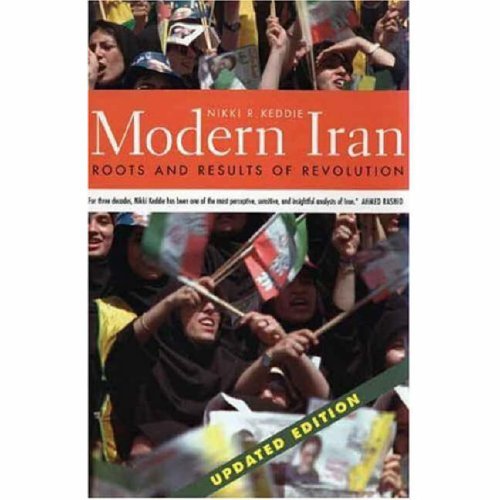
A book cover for Modern Iran: Roots and Results of Revolution, Updated Edition; Nikki R. Keddie; History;